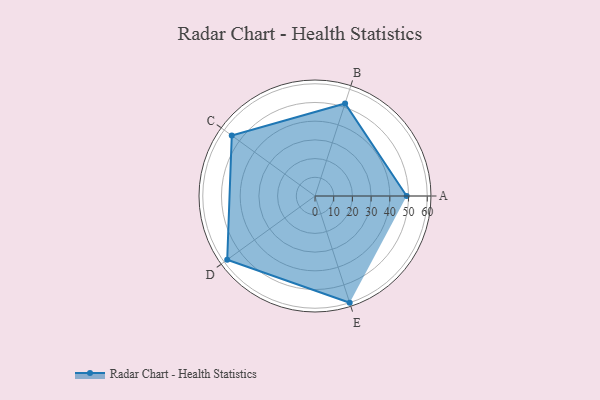
{"axis": {"x": "Skill", "y": "Score"}, "legend": ["Profile"], "data": [{"x": "A", "y": 49.0, "type": "Profile"}, {"x": "B", "y": 52.0, "type": "Profile"}, {"x": "C", "y": 55.0, "type": "Profile"}, {"x": "D", "y": 58.0, "type": "Profile"}, {"x": "E", "y": 60.0, "type": "Profile"}]}